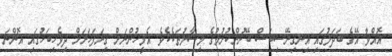
އޮއްވާ އޭގެ ބަދަލުގައި އިނގިރޭސިބަސް ބޭނުންކުރުމުގެ މިސާލުތަކެކެވެ. އެމީހުންނަށް ގިނަފަހަރަށް ދިވެހިބަހުގައި އޮންނަ